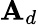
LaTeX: \mathbf{A}_{d}